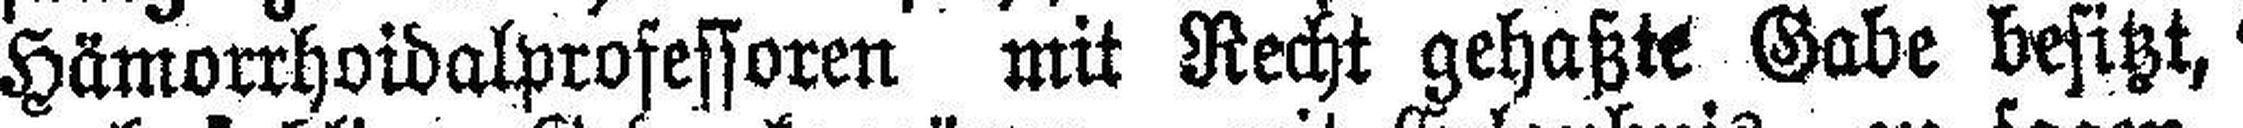
Hämorrhoidalprofessoren mit Recht gehaßte Gabe besitzt,